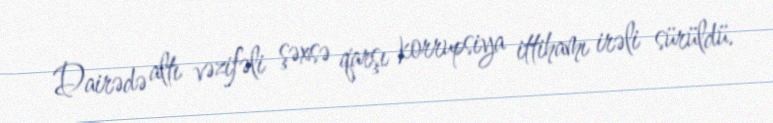
Dairədə altı vəzifəli şəxsə qarşı korrupsiya ittihamı irəli sürüldü.